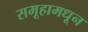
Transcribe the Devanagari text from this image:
समूहामधून